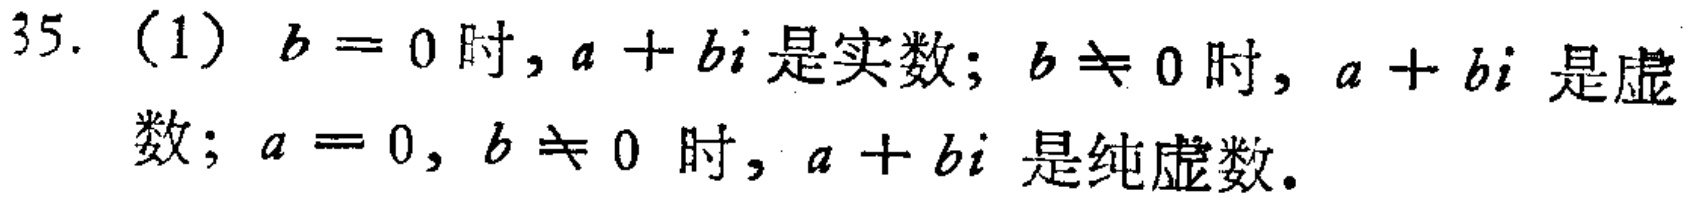
35. (1) \(b = 0\)时，\(a + bi\)是实数；\(b\neq 0\)时，\(a + bi\)是虚数；\(a = 0\)，\(b\neq 0\)时，\(a + bi\)是纯虚数。